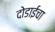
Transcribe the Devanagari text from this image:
दोडाईचा